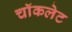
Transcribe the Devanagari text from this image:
चाॅकलेट